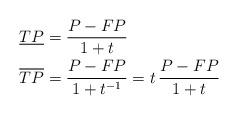
LaTeX: \begin{align*}\underline{TP}&=\frac{P-FP}{1+t}\\\overline{TP}&=\frac{P-FP}{1+t^{-1}}=t\,\frac{P-FP}{1+t}\end{align*}